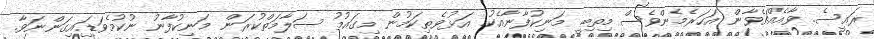
ރައީސެ. ވާއެއްޗެވާން އަހަރެމެންވެސް މިތިބީ މަނިކުފާނާއެކު. އަޅުވެތިކަމުން މިގައުމު ސަލާމަތްކުރަން މަނިކުފާނު ނުކުމެވަޑައިގަންނަވާ.